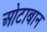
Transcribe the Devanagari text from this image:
ओटाबान